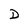
Character: D